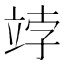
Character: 𥩾